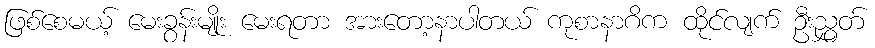
ဖြစ်စေမယ့် မေးခွန်းမျိုး မေးရတာ အားတော့နာပါတယ် ကုစာနာဂိက ထိုင်လျက် ဦးညွှတ်